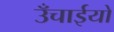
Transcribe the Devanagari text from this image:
उँचाईयो